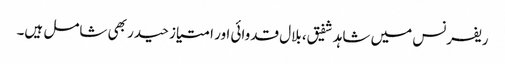
ریفرنس میں شاہد شفیق، بلال قدوائی اور امتیاز حیدر بھی شامل ہیں۔